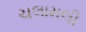
ચલામલી